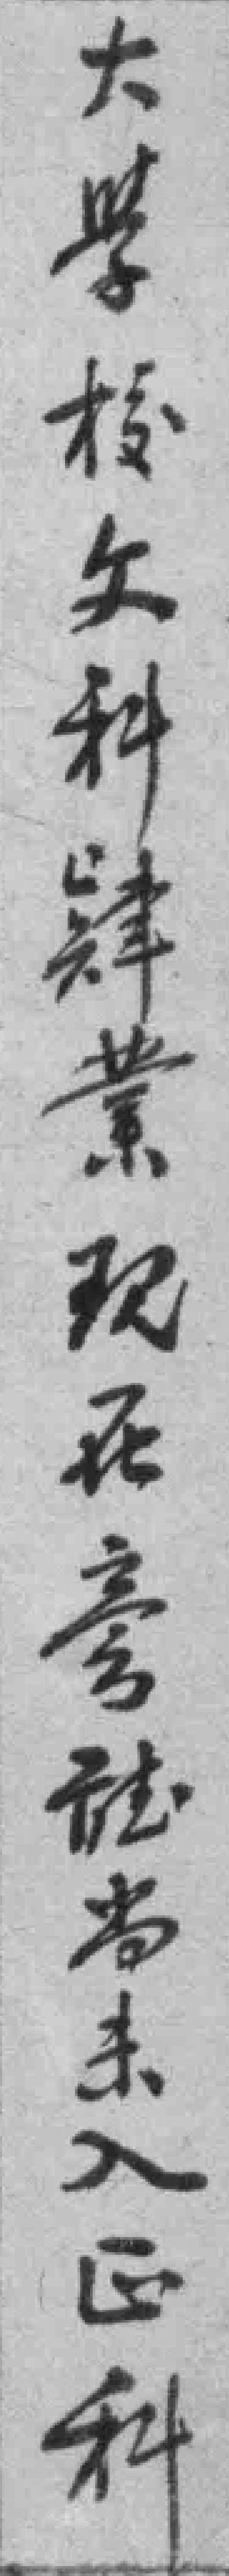
大學校文科肄業现在旁*当未入*科